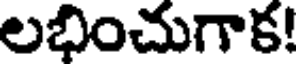
లభించుగాక!